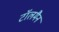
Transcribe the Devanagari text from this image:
टॉलमैन